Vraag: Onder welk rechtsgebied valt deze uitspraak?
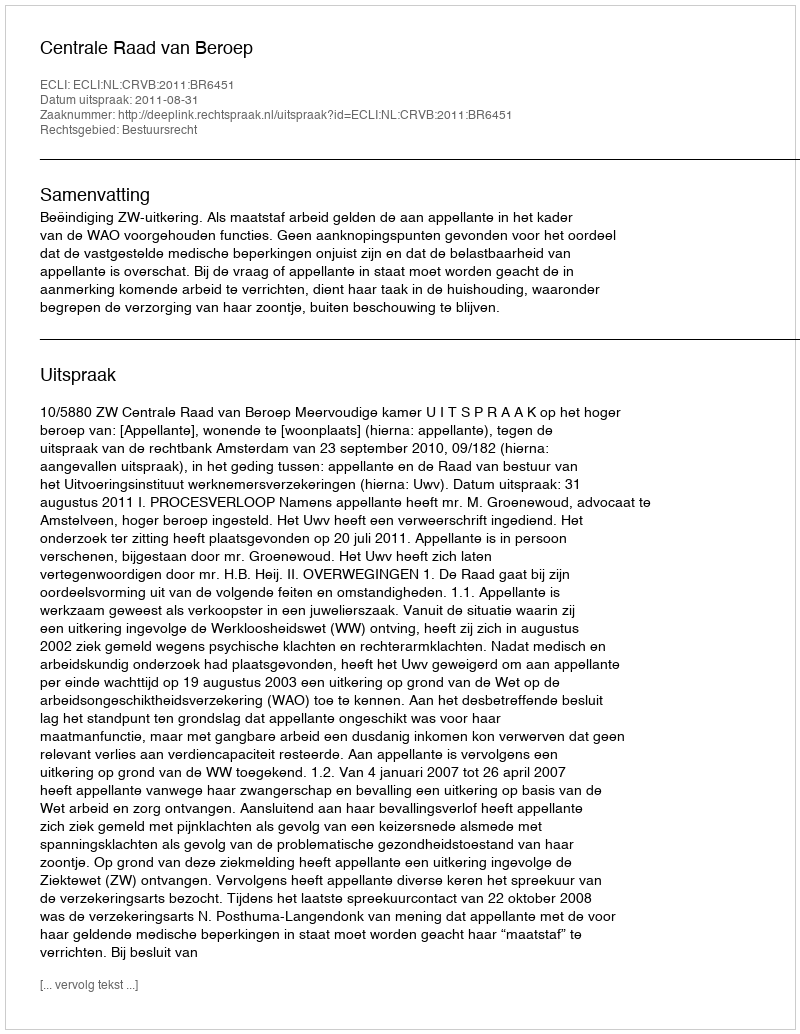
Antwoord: Bestuursrecht